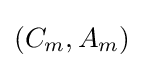
(C_{m},A_{m})